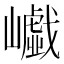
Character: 𡾟